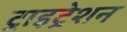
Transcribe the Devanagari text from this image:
ट्राइट्रेशन